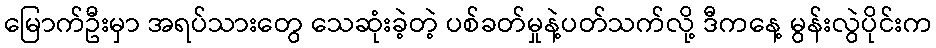
မြောက်ဦးမှာ အရပ်သားတွေ သေဆုံးခဲ့တဲ့ ပစ်ခတ်မှုနဲ့ပတ်သက်လို့ ဒီကနေ့ မွန်းလွဲပိုင်းက